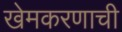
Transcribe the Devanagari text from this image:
खेमकरणाची